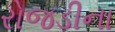
રોજડીના